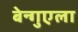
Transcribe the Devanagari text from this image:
बेन्गुएला